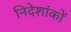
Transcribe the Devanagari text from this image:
निदेशांकों